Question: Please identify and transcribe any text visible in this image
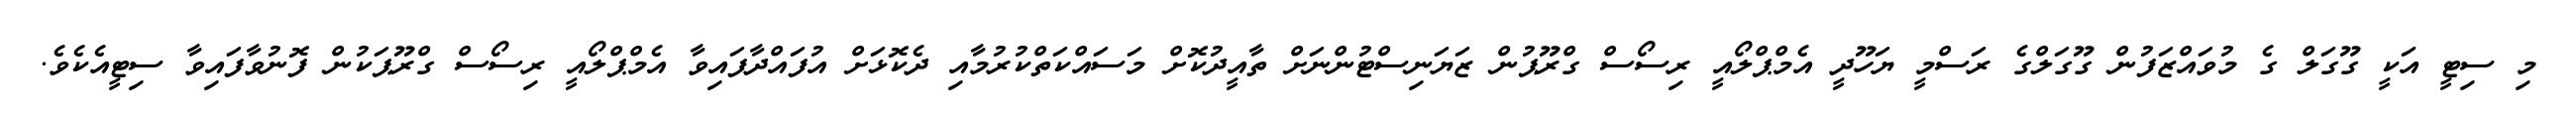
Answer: މި ސިޓީ އަކީ ގޫގަލް ގެ މުވައްޒަފުން ގޫގަލްގެ ރަސްމީ ޔަހޫދީ އެމްޕްލޯއީ ރިސޯސް ގްރޫޕުން ޒަޔަނިސްޓުންނަށް ތާއީދުކޮށް މަސައްކަތްކުރުމާއި ދެކޮޅަށް އުފައްދާފައިވާ އެމްޕްލޯއީ ރިސޯސް ގްރޫޕަކުން ފޮނުވާފައިވާ ސިޓީއެކެވެ.